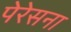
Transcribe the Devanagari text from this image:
पेरेसना